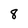
Character: 8